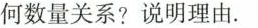
何数量关系?说明理由。